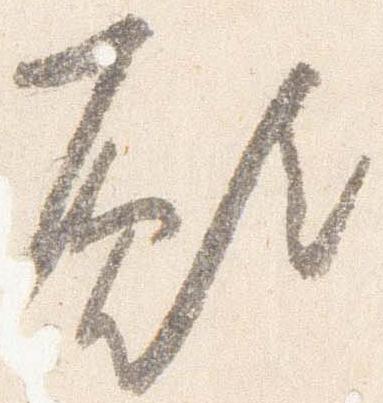
願